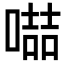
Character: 𠽻